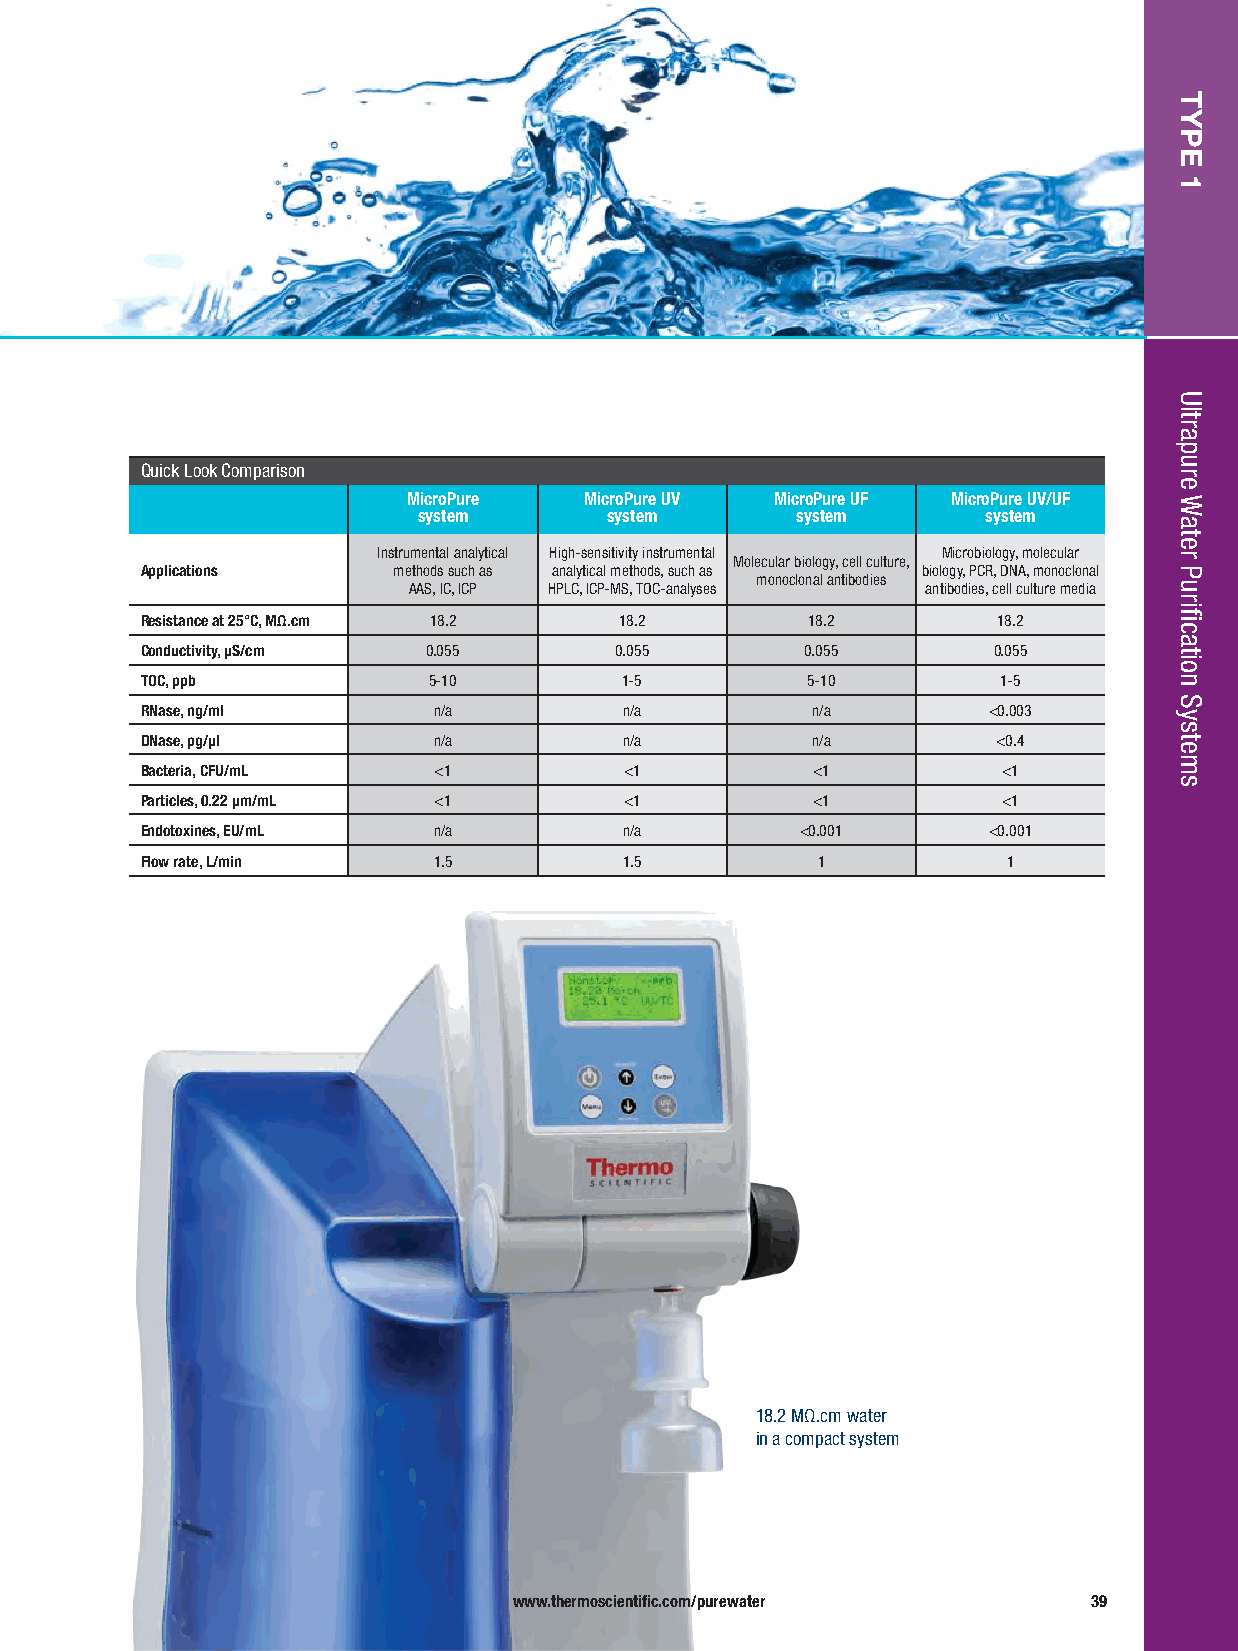
Quick Look Comparison
 MicroPure   MicroPure UV MicroPure UF MicroPure UV/UF
 system      system       system      system
 Instrumental analytical High-sensitivity instrumental Microbiology, molecular
 Molecular biology, cell culture,
 Applications     methods such as analytical methods, such as biology, PCR, DNA, monoclonal monoclonal antibodies
 AAS, IC, ICP HPLC, ICP-MS, TOC-analyses antibodies, cell culture media
 Resistance at 25°C, MΩ.cm 18.2  18.2        18.2         18.2
 Conductivity, μS/cm 0.055       0.055       0.055        0.055
 TOC, ppb           5-10         1-5         5-10         1-5
 RNase, ng/ml        n/a         n/a          n/a        <0.003
 DNase, pg/μl        n/a         n/a          n/a         <0.4
 Bacteria, CFU/mL    <1          <1           <1          <1
 Particles, 0.22 μm/mL <1        <1           <1          <1
 Endotoxines, EU/mL  n/a         n/a         <0.001      <0.001
 Flow rate, L/min    1.5         1.5          1            1
 18.2 MΩ.cm water
 in a compact system
 www.thermoscientific.com/purewater    39
 TYPE
 1
 Ultrapure
 Water
 Purification
 Systems